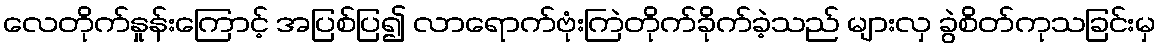
လေတိုက်နှုန်းကြောင့် အပြစ်ပြ၍ လာရောက်ဗုံးကြဲတိုက်ခိုက်ခဲ့သည် များလှ ခွဲစိတ်ကုသခြင်းမှ